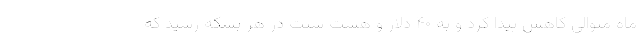
ماه متوالی کاهش پیدا کرد و به ۴۰ دلار و هشت سنت در هر بشکه رسید که